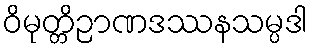
ဝိမုတ္တိဉာဏဒဿနသမ္ပဒါ